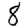
Digit: 8